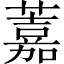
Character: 䕒